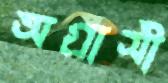
অগ্রাসী